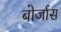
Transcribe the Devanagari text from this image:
बोर्जास